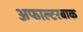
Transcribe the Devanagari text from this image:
अफाल्टरबाक